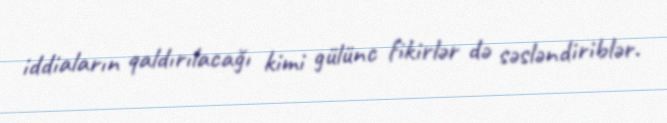
iddiaların qaldırılacağı kimi gülünc fikirlər də səsləndiriblər.